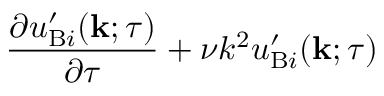
\begin{array} { r l r } { \lefteqn { \frac { \partial u _ { \mathrm { { B } } i } ^ { \prime } ( { \bf { k } } ; \tau ) } { \partial \tau } + \nu k ^ { 2 } u _ { \mathrm { { B } } i } ^ { \prime } ( { \bf { k } } ; \tau ) } } \end{array}